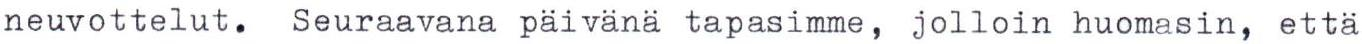
neuvottelut. Seuraavana päivänä tapasimme, jolloin huomasin, että